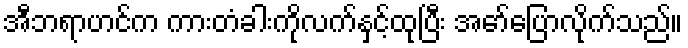
အီဘရာဟင်က ကားတံခါးကိုလက်နှင့်ထုပြီး အော်ပြောလိုက်သည်။